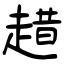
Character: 趞